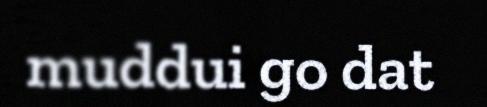
muddui go dat